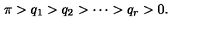
\pi > q _ { 1 } > q _ { 2 } > \cdots > q _ { r } > 0 .